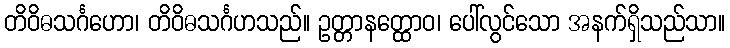
တိဝိဓသင်္ဂဟော၊ တိဝိဓသင်္ဂဟသည်။ ဥတ္တာနတ္ထောဝ၊ ပေါ်လွင်သော အနက်ရှိသည်သာ။